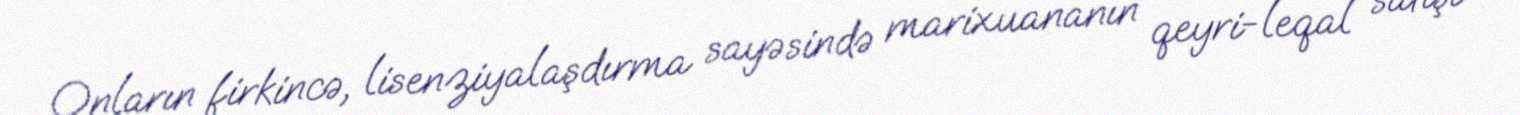
Onların firkincə, lisenziyalaşdırma sayəsində marixuananın qeyri-leqal satışı